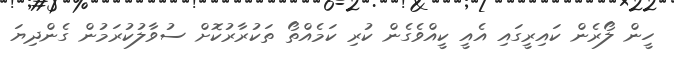
ހީން ލޯރެން ކައިރީގައި އެއީ ކީއްވެގެން ކުރި ކަމެއްތޯ ތަކުރާރުކޮށް ސުވާލުކުރަމުން ގެންދިޔަ